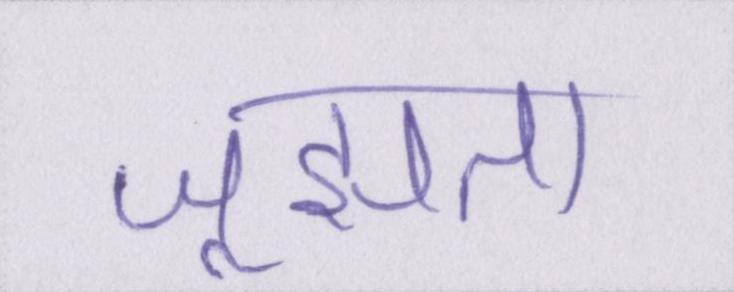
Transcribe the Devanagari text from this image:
जूझता